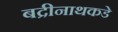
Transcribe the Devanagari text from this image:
बद्रीनाथकडे